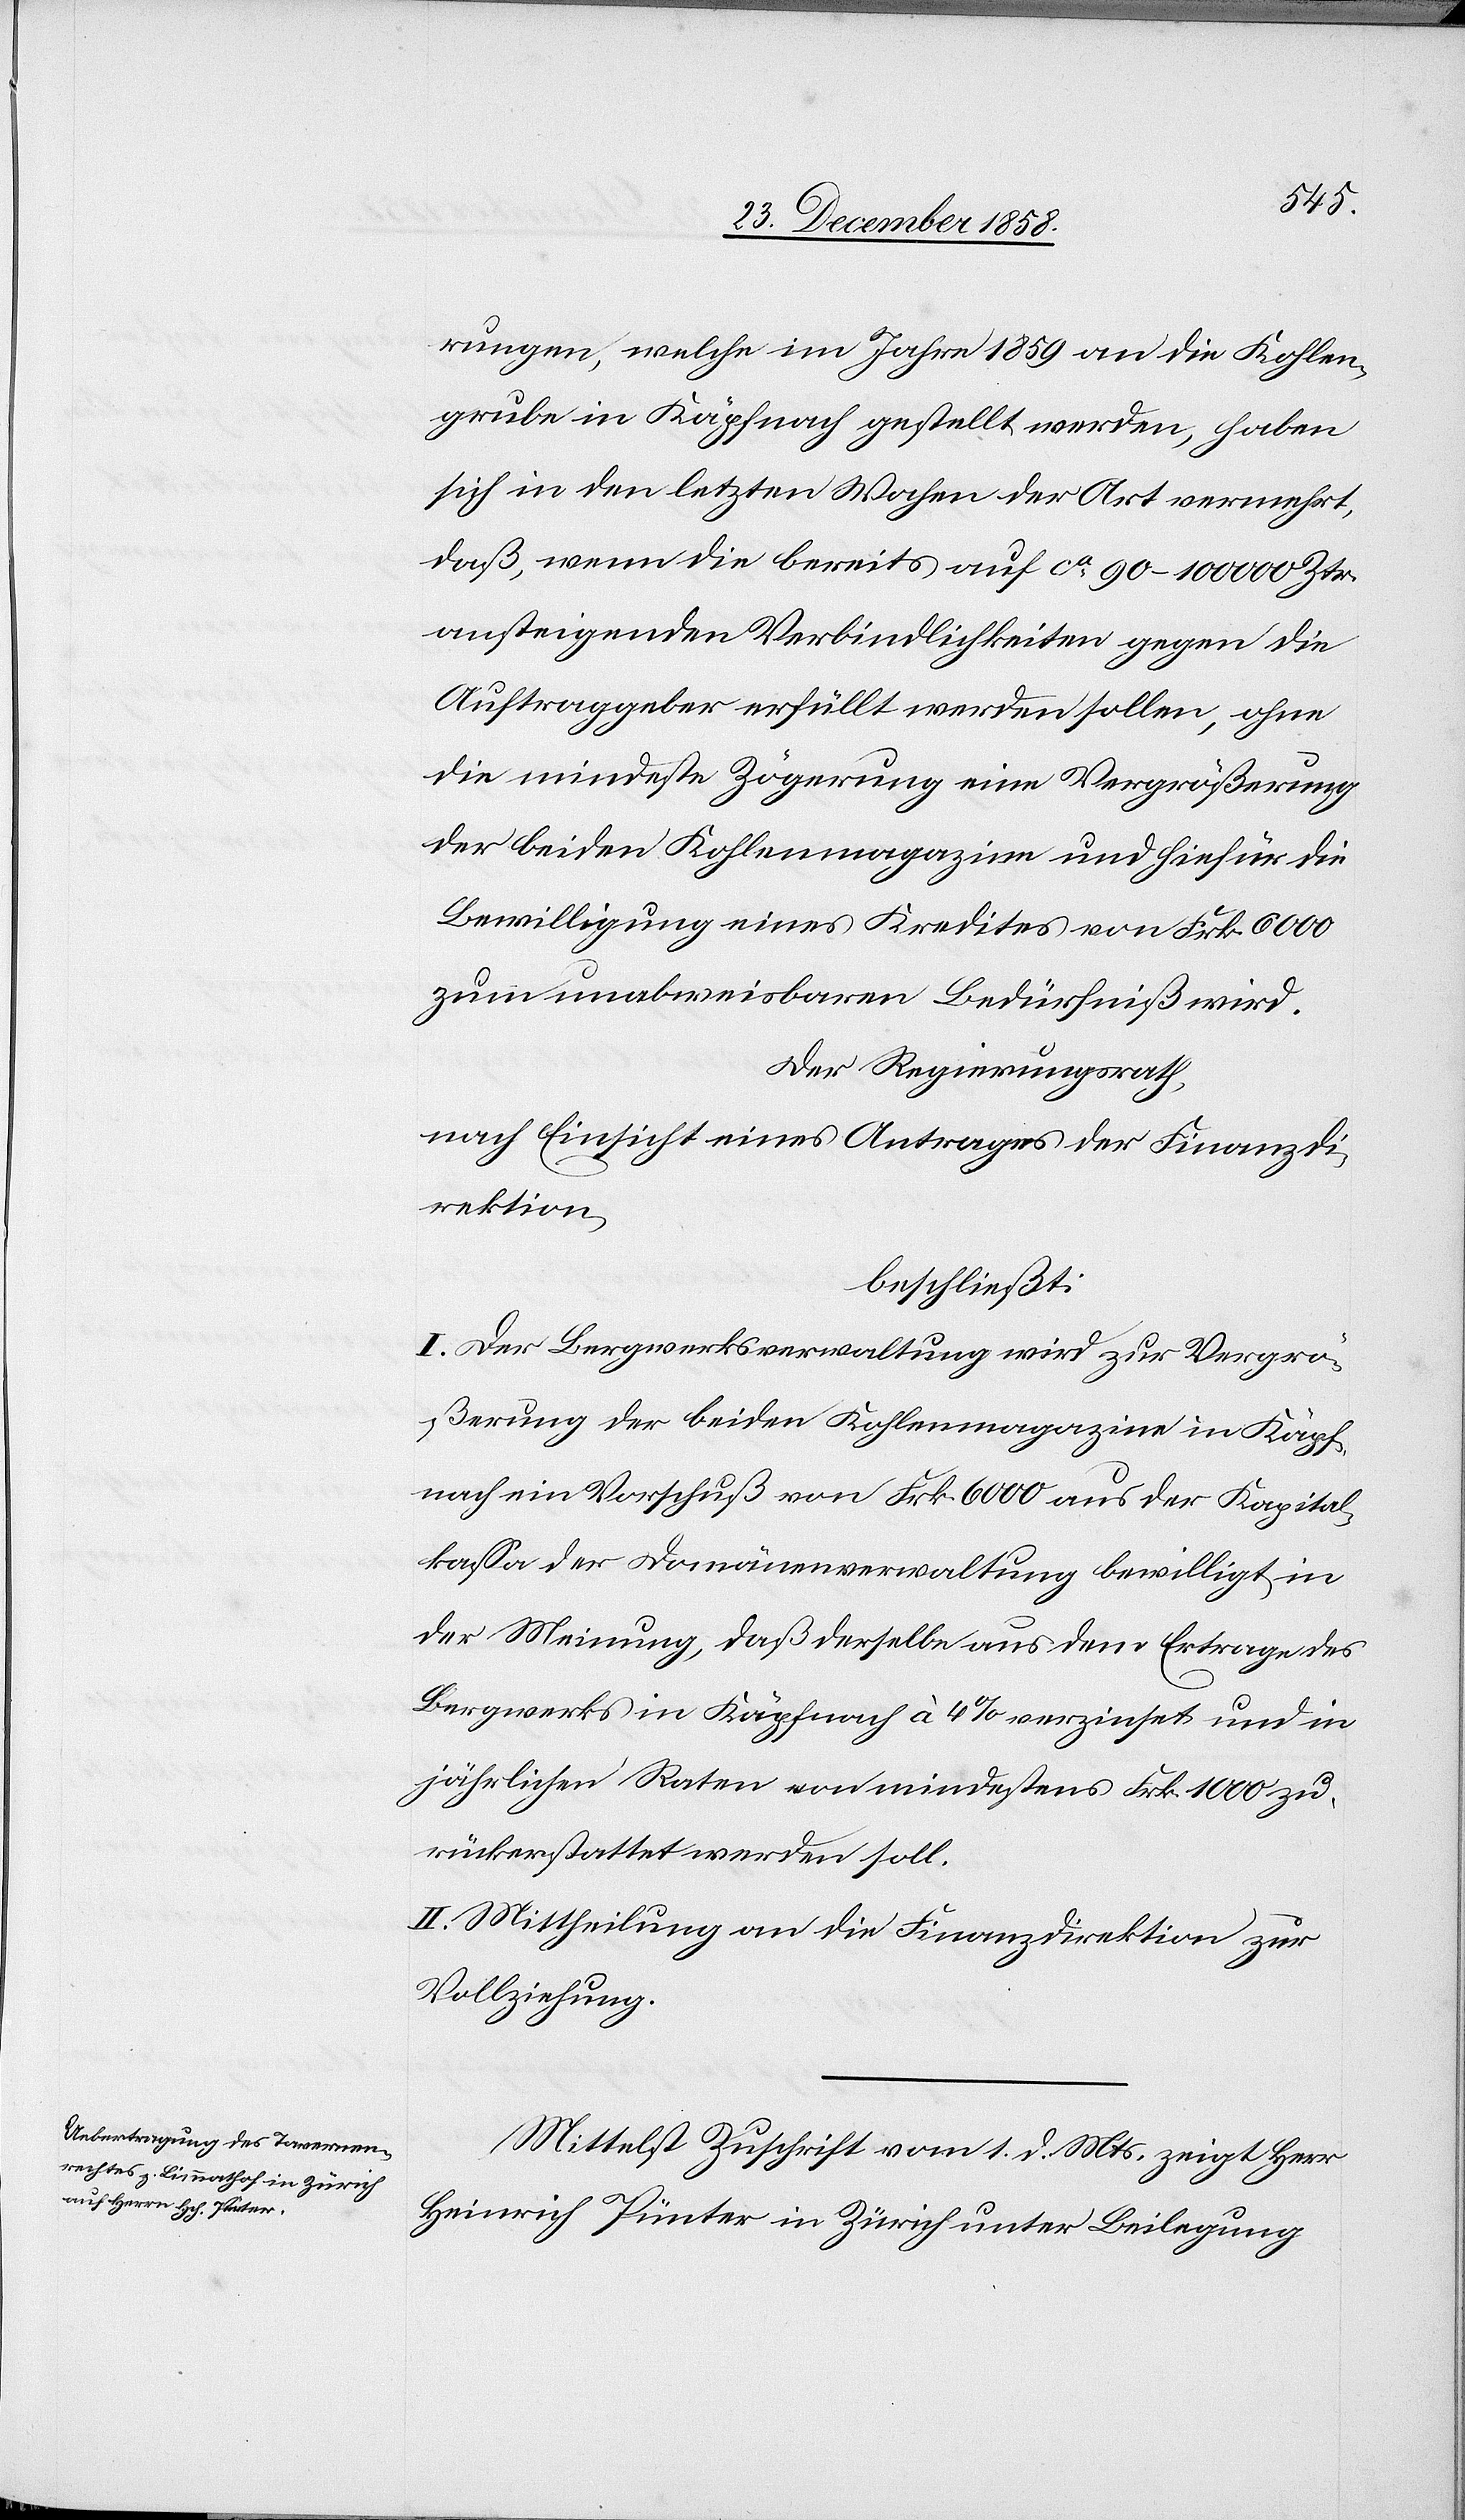
Der Regierungsrath
nach Einsicht eines Antrages der Direktion